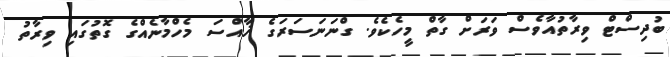
ބުދިސްޓް ވިރާތުއާވެސް ވަރަށް ގާތް މީހެކެވެ. ގްނަނަސަރަގެ ޚާއްސަ މެހްމާނެއްގެ ގޮތުގައި ވިރާތު